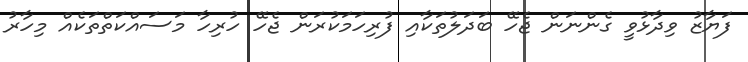
ފަޔާޒު ވިދާޅުވީ ގެންނަން ޖެހޭ ބަދަލުތަކާއި ފުރިހަމަކުރަން ޖެހޭ ހުރިހާ މަސައްކަތްތަކެއް މިހާރު